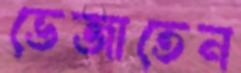
ভেজাতেন